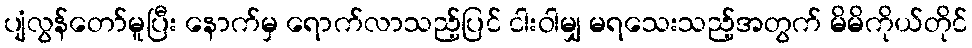
ပျံလွန်တော်မူပြီး နောက်မှ ရောက်လာသည့်ပြင် ငါးဝါမျှ မရသေးသည့်အတွက် မိမိကိုယ်တိုင်